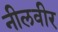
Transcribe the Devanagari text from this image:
नीलवीर